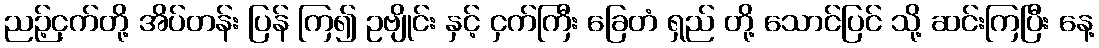
ညဉ့်ငှက်တို့ အိပ်တန်း ပြန် ကြ၍ ဥဗျိုင်း နှင့် ငှက်ကြီး ခြေတံ ရှည် တို့ သောင်ပြင် သို့ ဆင်းကြပြီး နေ့